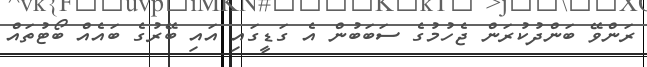
ރަންވޭ ބަންދުކުރަން ޖެހުމުގެ ސަބަބުން އެ ގަޑީގައި އައި ބޭރުގެ ބައެއް ބޯޓުތައް